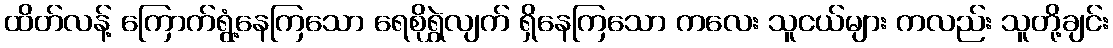
ထိတ်လန့် ကြောက်ရွံ့နေကြသော ရေစိုရွှဲလျက် ရှိနေကြသော ကလေး သူငယ်များ ကလည်း သူတို့ချင်း